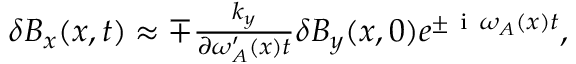
\begin{array} { r } { \delta B _ { x } ( x , t ) \approx \mp \frac { k _ { y } } { \partial \omega _ { A } ^ { \prime } ( x ) t } \delta B _ { y } ( x , 0 ) e ^ { \pm \mathrm { ~ i ~ } \omega _ { A } ( x ) t } , } \end{array}